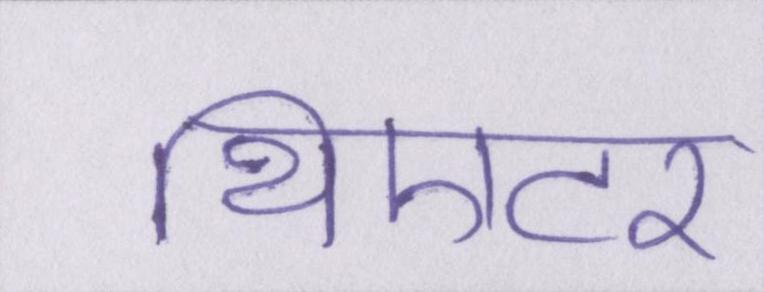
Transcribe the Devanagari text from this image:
थिएटर